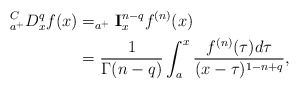
\begin{align*}_{a^{+}}^{C}D_{x}^{q}f(x) & =_{a^{+}}\mathbf{I}_{x}^{n-q}f^{(n)}(x)\\& =\frac{1}{\Gamma(n-q)}\int_{a}^{x}\frac{f^{(n)}(\tau)d\tau}{(x-\tau)^{1-n+q}},\end{align*}